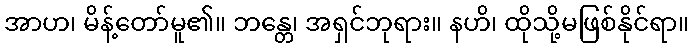
အာဟ၊ မိန့်တော်မူ၏။ ဘန္တေ၊ အရှင်ဘုရား။ နဟိ၊ ထိုသို့မဖြစ်နိုင်ရာ။